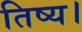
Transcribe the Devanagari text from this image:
तिष्य।